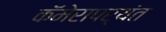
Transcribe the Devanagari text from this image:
कॅमेरापर्यंत